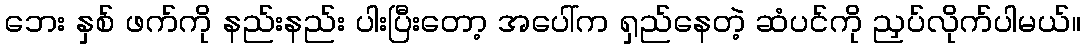
ဘေး နှစ် ဖက်ကို နည်းနည်း ပါးပြီးတော့ အပေါ်က ရှည်နေတဲ့ ဆံပင်ကို ညှပ်လိုက်ပါမယ်။